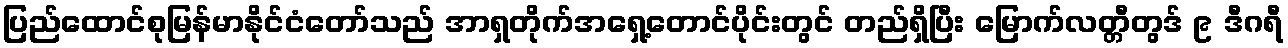
ပြည်ထောင်စုမြန်မာနိုင်ငံတော်သည် အာရှတိုက်အရှေ့တောင်ပိုင်းတွင် တည်ရှိပြီး မြောက်လတ္တီတွဒ် ၉ ဒီဂရီ